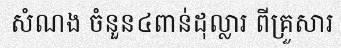
សំណង ចំនួន៤ពាន់ដុល្លារ ពីគ្រួសារ